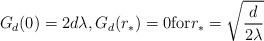
LaTeX: \begin{align*}G_d(0) = 2d \lambda, G_d(r_\ast)=0\mbox{for} r_\ast = \sqrt{\frac{d}{2 \lambda}}\end{align*}